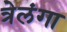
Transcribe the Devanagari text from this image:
त्रेलंगा